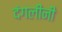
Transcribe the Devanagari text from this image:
दंगलींनी